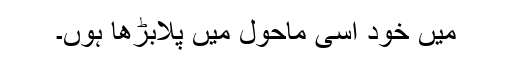
میں خود اسی ماحول میں پلابڑھا ہوں۔